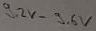
Text: 9,2V-9,6V